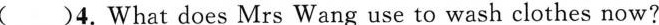
( )4.What does Mrs Wang use to wash clothes now?